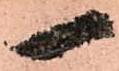
一